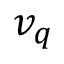
v _ { q }